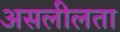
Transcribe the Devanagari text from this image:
असलीलता